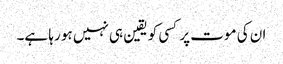
ان کی موت پر کسی کو یقین ہی نہیں ہو رہا ہے۔